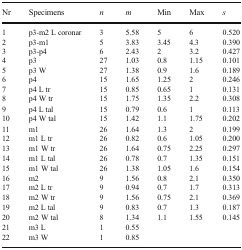
| Nr | Specimens | n | m | Min | Max | s |
 | --- | --- | --- | --- | --- | --- | --- |
 | 1 | p3-m2 L coronar | 3 | 5.58 | 5 | 6 | 0.520 |
 | 2 | p3-m1 | 5 | 3.83 | 3.45 | 4.3 | 0.390 |
 | 3 | p3-p4 | 6 | 2.43 | 2 | 3.2 | 0.427 |
 | 4 | p3 | 27 | 1.03 | 0.8 | 1.15 | 0.101 |
 | 5 | p3 W | 27 | 1.38 | 0.9 | 1.6 | 0.189 |
 | 6 | p4 | 15 | 1.65 | 1.25 | 2 | 0.246 |
 | 7 | p4 L tr | 15 | 0.85 | 0.65 | 1 | 0.131 |
 | 8 | p4 W tr | 15 | 1.75 | 1.35 | 2.2 | 0.308 |
 | 9 | p4 L tal | 15 | 0.79 | 0.6 | 1 | 0.113 |
 | 10 | p4 W tal | 15 | 1.42 | 1.1 | 1.75 | 0.202 |
 | 11 | m1 | 26 | 1.64 | 1.3 | 2 | 0.199 |
 | 12 | m1 L tr | 26 | 0.82 | 0.6 | 1.05 | 0.200 |
 | 13 | m1 W tr | 26 | 1.64 | 0.75 | 2.25 | 0.297 |
 | 14 | m1 L tal | 26 | 0.78 | 0.7 | 1.35 | 0.151 |
 | 15 | m1 W tal | 26 | 1.38 | 1.05 | 1.6 | 0.154 |
 | 16 | m2 | 9 | 1.56 | 0.8 | 2.1 | 0.350 |
 | 17 | m2 L tr | 9 | 0.94 | 0.7 | 1.7 | 0.313 |
 | 18 | m2 W tr | 9 | 1.56 | 0.75 | 2.1 | 0.369 |
 | 19 | m2 L tal | 9 | 0.83 | 0.7 | 1.3 | 0.187 |
 | 20 | m2 W tal | 8 | 1.34 | 1.1 | 1.55 | 0.145 |
 | 21 | m3 L | 1 | 0.55 |  |  |  |
 | 22 | m3 W | 1 | 0.85 |  |  |  |